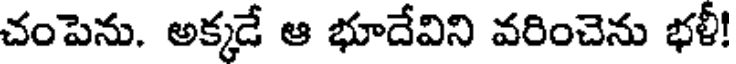
చంపెను. అక్కడే ఆ భూదేవిని వరించెను భళీ!